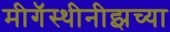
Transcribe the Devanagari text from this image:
मीगॅस्थीनीझच्या